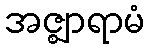
အဇ္ဈာရာမံ